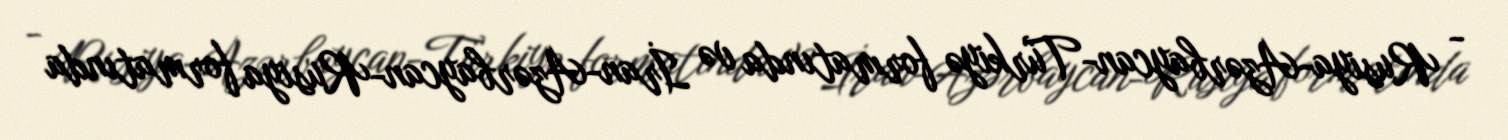
- Rusiya-Azərbaycan-Türkiyə formatında və İran-Azərbaycan-Rusiya formatında